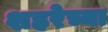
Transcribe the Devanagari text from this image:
शहरेच्या